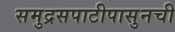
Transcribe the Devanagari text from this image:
समुद्रसपाटीपासुनची